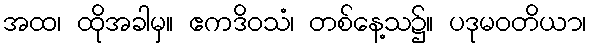
အထ၊ ထိုအခါမှ။ ဧကဒိဝသံ၊ တစ်နေ့သ၌။ ပဒုမဝတိယာ၊